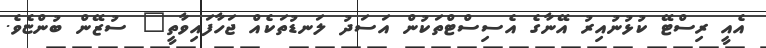
އެއީ ރިސްޓޭ ކުޅުނުއިރު އޭނާގެ އެސިސްޓްތަކުން އަސަދު ލަނޑުތަކެއް ޖަހާފައިވާތީ" ސުޒޭން ބުންޏެވެ.